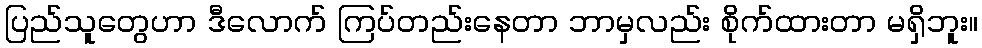
ပြည်သူတွေဟာ ဒီလောက် ကြပ်တည်းနေတာ ဘာမှလည်း စိုက်ထားတာ မရှိဘူး။